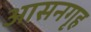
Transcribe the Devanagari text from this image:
आसनगृह